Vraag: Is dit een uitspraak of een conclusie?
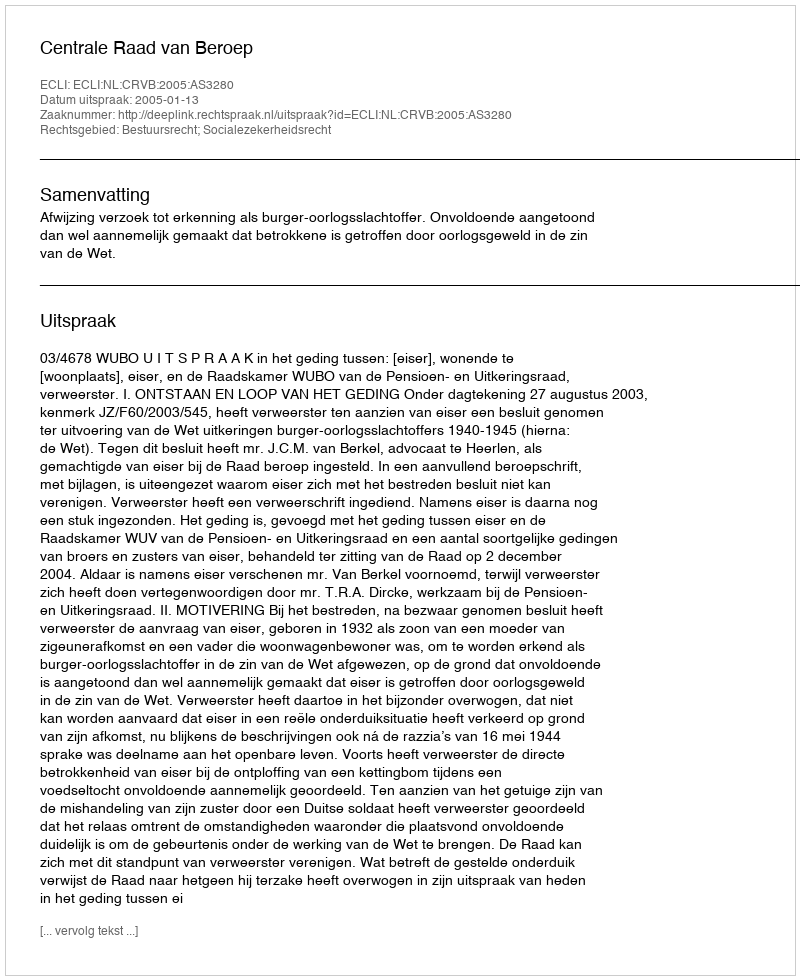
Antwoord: Uitspraak